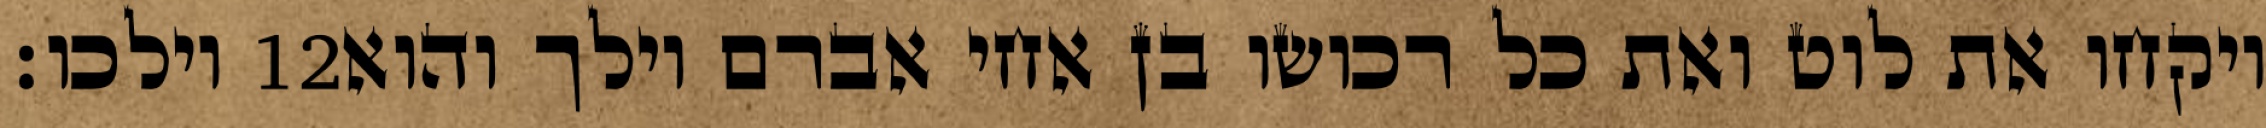
וילכו׃ ‎12‏ ויקחו את לוט ואת כל רכושו בן אחי אברם וילך והוא